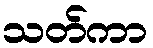
သတ်ကာ